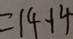
= 1 4 - 1 4